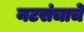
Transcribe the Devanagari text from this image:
नटसंचाचे